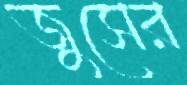
জুসের